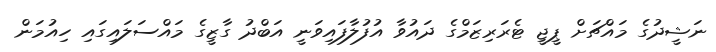
ނަޝީދުގެ މައްޗަށް ޕީޖީ ޓެރަރިޒަމްގެ ދައުވާ އުފުލާފައިވަނީ އަބްދު ގާޒީގެ މައްސަލައިގައި ހިއުމަން